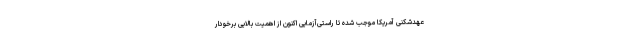
عهدشکنی آمریکا موجب شده تا راستی‌آزمایی اکنون از اهمیت بالایی برخودار